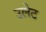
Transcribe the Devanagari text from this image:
उलेट